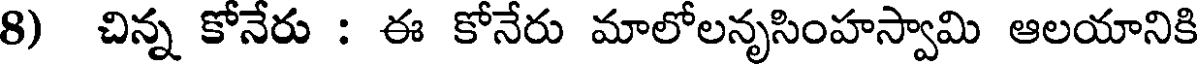
8) చిన్న కోనేరు : ఈ కోనేరు మాలోలనృసింహస్వామి ఆలయానికి